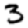
Digit: 3